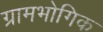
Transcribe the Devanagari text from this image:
ग्रामभोगिक